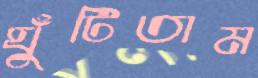
ঘুঁটিতাম